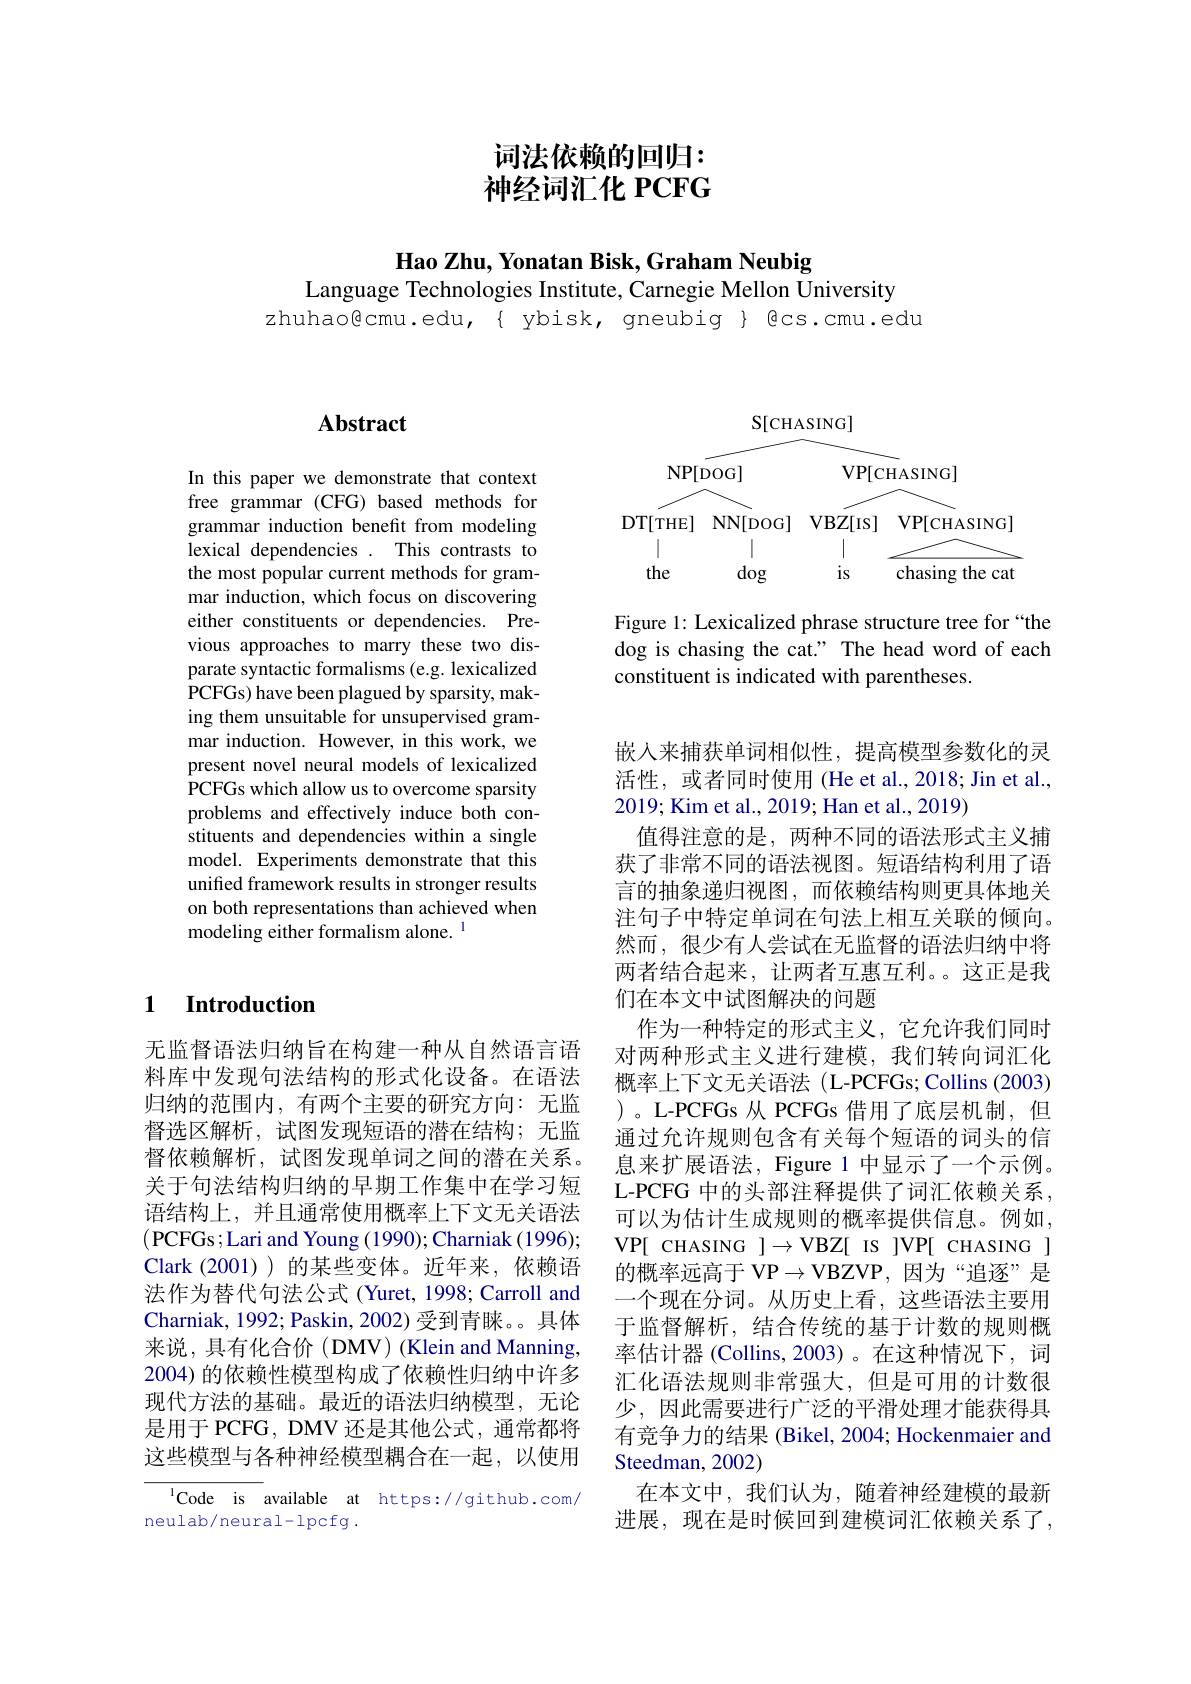
# 词法依赖的回归： 神经词汇化 PCFG

Hao Zhu, Yonatan Bisk, Graham Neubig

Language Technologies Institute, Carnegie Mellon University
zhuhao@cmu.edu,{ ybisk, gneubig} Bcs.cmu.edu

## $\mathbf{Abstract}$

In this paper we demonstrate that context free grammar (CFG) based methods for grammar induction benefit from modeling lexical dependencies . This contrasts to the most popular current methods for grammar induction, which focus on discovering either constituents or dependencies. Previous approaches to marry these two disparate syntactic formalisms (e.g. lexicalized PCFGs) have been plagued by sparsity, making them unsuitable for unsupervised grammar induction. However, in this work, we present novel neural models of lexicalized PCFGs which allow us to overcome sparsity problems and effectively induce both constituents and dependencies within a single model. Experiments demonstrate that this unifted framework results in stronger results on both representations than achieved when modeling either formalism alone. 1

### $\textbf{1}$ $\textbf{Introduction}$

无监督语法归纳旨在构建一种从自然语言语料库中发现句法结构的形式化设备。在语法归纳的范围内，有两个主要的研究方向：无监督选区解析，试图发现短语的潜在结构；无监督依赖解析，试图发现单词之间的潜在关系。关于句法结构归纳的早期工作集中在学习短语结构上，并且通常使用概率上下文无关语法(PCFGs;Lari and Young (1990); Charniak (1996); Clark (2001) )的某些变体。近年来，依赖语法作为替代句法公式(Yuret, 1998; Carroll and Charniak, 1992; Paskin, 2002) 受到青睐。具体来说，具有化合价(DMV)(Klein and Manning, 2004) 的依赖性模型构成了依赖性归纳中许多现代方法的基础。最近的语法归纳模型，无论是用于 PCFG, DMV 还是其他公式，通常都将这些模型与各种神经模型耦合在一起，以使用

$^{1}$Code is available at https://github.com,
neulab/neural-lpcfg.

<FigureHere>

Figure 1: Lexicalized phrase structure tree for “the dog is chasing the cat." The head word of each constituent is indicated with parentheses.

嵌入来捕获单词相似性，提高模型参数化的灵活性，或者同时使用 (He et al., 2018; Jin et al., 2019; Kim et al., 2019; Han et al., 2019)
值得注意的是，两种不同的语法形式主义捕获了非常不同的语法视图。短语结构利用了语言的抽象递归视图，而依赖结构则更具体地关注句子中特定单词在句法上相互关联的倾向。然而，很少有人尝试在无监督的语法归纳中将两者结合起来，让两者互惠互利。这正是我们在本文中试图解决的问题
作为一种特定的形式主义，它允许我们同时对两种形式主义进行建模，我们转向词汇化概率上下文无关语法 (L-PCFGs; Collins (2003) )。L-PCFGs 从 PCFGs 借用了底层机制，但通过允许规则包含有关每个短语的词头的信息来扩展语法，Figure 1 中显示了一个示例。L-PCFG 中的头部注释提供了词汇依赖关系， 可以为估计生成规则的概率提供信息。例如， VP[ CHASING $]\to$VBZ[ Is ]VP[ CHASING ] 的概率远高于 VP$\to\mathsf{VBZVP}$,因为“追逐”是一个现在分词。从历史上看，这些语法主要用于监督解析，结合传统的基于计数的规则概率估计器 (Collins, 2003)。在这种情况下，词汇化语法规则非常强大，但是可用的计数很少，因此需要进行广泛的平滑处理才能获得具有竞争力的结果 (Bikel, 2004; Hockenmaier and Steedman, 2002)
在本文中，我们认为，随着神经建模的最新进展，现在是时候回到建模词汇依赖关系了，